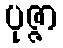
ပုဇ္ဇာ